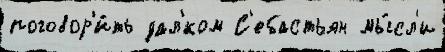
поговор'и́ть дал'́ком С'ебастьян мы́сл'и